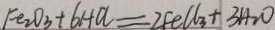
F e _ { 2 } O _ { 3 } + 6 H C l = 2 F e C l _ { 3 } + 3 H _ { 2 } O